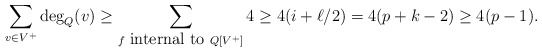
\begin{align*}\sum_{v \in V^+} \mathrm{deg}_Q(v) \ge \sum_{f \mbox{ internal to } Q[V^+]} 4 \ge 4(i+\ell/2) = 4(p+k-2) \ge 4(p-1). \end{align*}